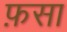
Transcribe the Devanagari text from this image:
फ़सा